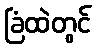
ခြံထဲတွင်